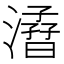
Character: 㵫